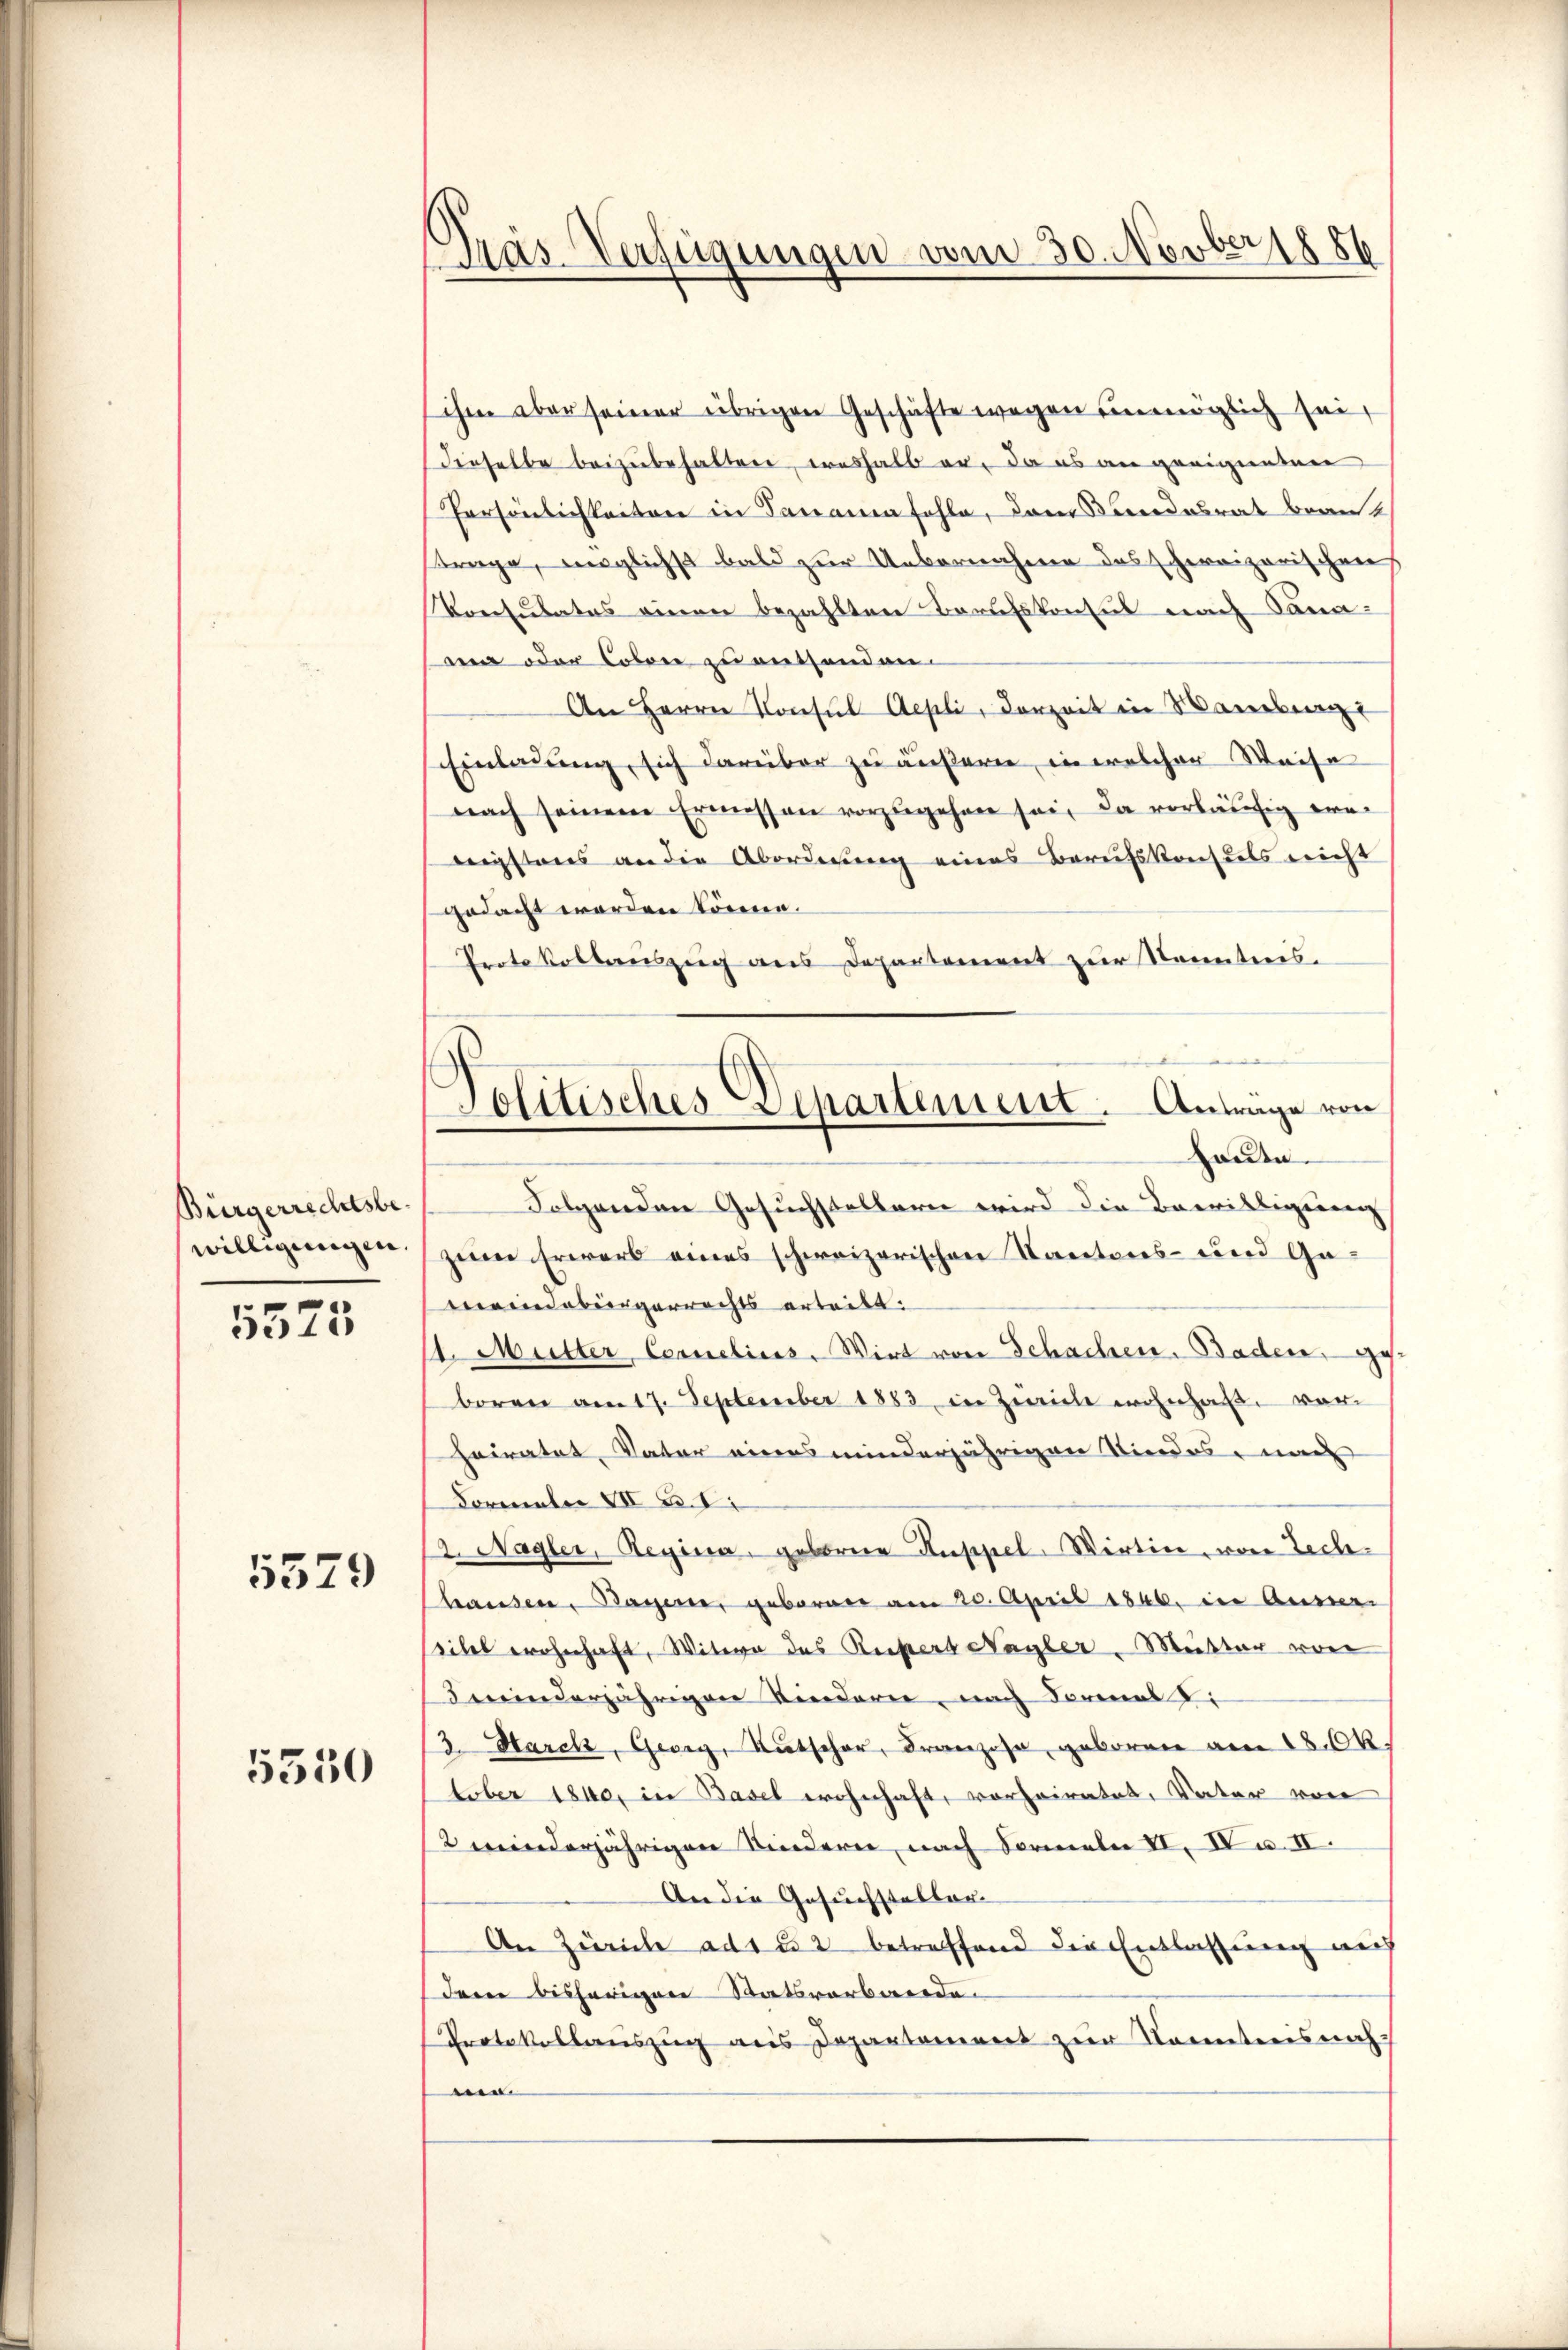
Bürgerrechtsbewilligungen

5575

5379

5550

Präs. Verfügungen vom 30. Novber 1886

sihm aber seiner übrigen Geschäfte wegen unmöglich sei,
Dieselbe beizubehalten, weshalb er, da es an geeigneten
Persönlichkeiten in Sananen fehle, dann andesrat beant
trage, möglichst bald zur Uebernahme des schweizerischen
Konsulates einen bezahlten Berufskonsul nach Sana-
nen oder Colone zu entsenden
An Herrn Consul Aepli, derzeit in Maneben
Einladung, sich darüber zu äußern, in welcher Weise
nach seinem Ermessen vorzŭgehen sei, da vorläufig era
nigstens an die Abordnung eines Berufskonsuls nicht
gedacht worden könne.
Protokollauszug aus Departement zur Senntnis.
Folgenden Gesuchstelleren wird die Bewilligung
zeim Erwarb eines schweizerischen Kantons- und Ga-
meindebürgerrechts erteilt.
. Mutter Cernelins. Wirt von Schachen. Baden, ge
boren am 17. September 1883 in Zeich wohnhaft, vor
heiratet, Vater eines minderjährigen Kindes, nach
November VII S. 1
2. Nagler, Regina, geborene Kuppel-Wirtin, von Techhausen, Bayer, geboren am 20. April 1846. in Auswei
seibel wohnhaft, Witwe des Reister Nagler-Muster von
minderjährigen Kinderer nach Formal di
3. March, Georg, Kŭtscher, Franzose, geboren am 18. Ok
tober 1840, in Basel wohnhaft, vorheiratet, Vater von
2 ereinderjährigen Kindern, nach Formeln II. IV u. II.
An die Gesuchsteller
An Zürich ad 1 252 betreffend die Entlassung auch
dene bisherigen Statsverbande.
Protokollauszug aus Departement zur Kenntnis nach
sein

Politisches Departement. Anträge von
haute.